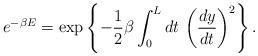
LaTeX: \begin{align*}e^{-\beta E} = \exp\left\{ -\frac{1}{2}\beta \int_0^L dt\,\left(\frac{dy}{dt}\right)^2\right\}.\end{align*}